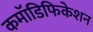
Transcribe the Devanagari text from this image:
कमॉडिफिकेशन